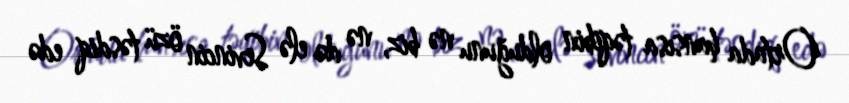
Ortada hansısa təqibin olduğunu nə biz, nə də elə Sevincin özü təsdiq edə